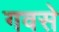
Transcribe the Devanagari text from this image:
गवसे